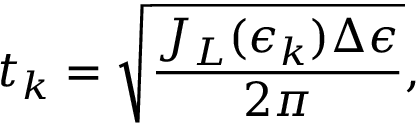
t _ { k } = \sqrt { \frac { J _ { L } ( \epsilon _ { k } ) \Delta \epsilon } { 2 \pi } } ,